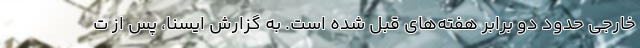
خارجی حدود دو برابر هفته‌های قبل شده است. به گزارش ایسنا، پس از ت